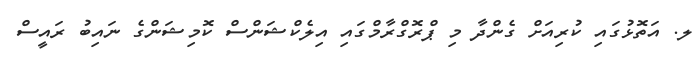
ލ. އަތޮޅުގައި ކުރިއަށް ގެންދާ މި ޕްރޮގްރާމްގައި އިލެކްޝަންސް ކޮމިޝަންގެ ނައިބު ރައީސް